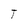
Character: T